画像に写った文字を読んでください
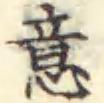
「意」と書いてあります